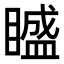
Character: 𥊱